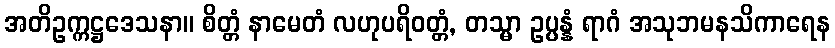
အတိဥက္ကဋ္ဌဒေသနာ။ စိတ္တံ နာမေတံ လဟုပရိဝတ္တံ, တသ္မာ ဥပ္ပန္နံ ရာဂံ အသုဘမနသိကာရေန